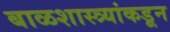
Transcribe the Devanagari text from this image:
बाळशास्त्र्यांकडून